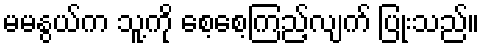
မမနွယ်က သူ့ကို စေ့စေ့ကြည့်လျက် ပြုံးသည်။